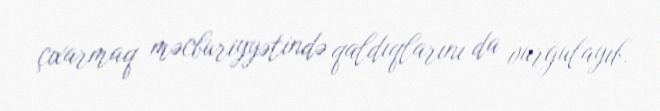
çıxarmaq məcburiyyətində qaldıqlarını da vurğulayıb.